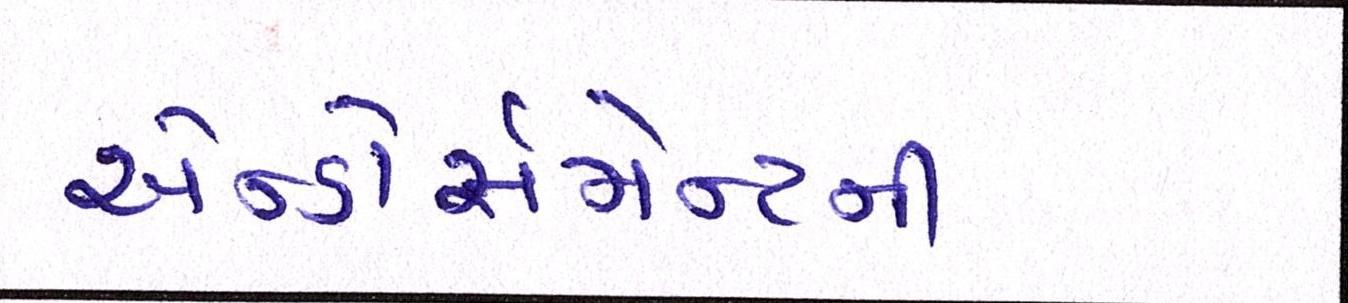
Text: એન્ડોર્સમેન્ટની